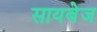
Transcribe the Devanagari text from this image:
सायबेज